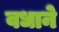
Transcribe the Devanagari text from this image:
वधाने